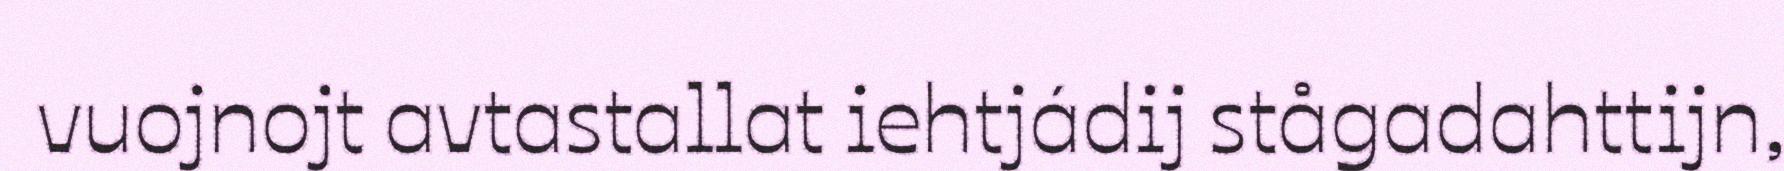
vuojnojt avtastallat iehtjádij stågadahttijn,